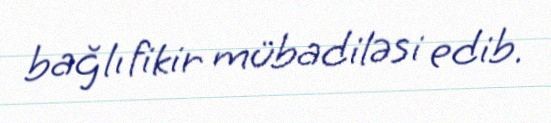
bağlı fikir mübadiləsi edib.